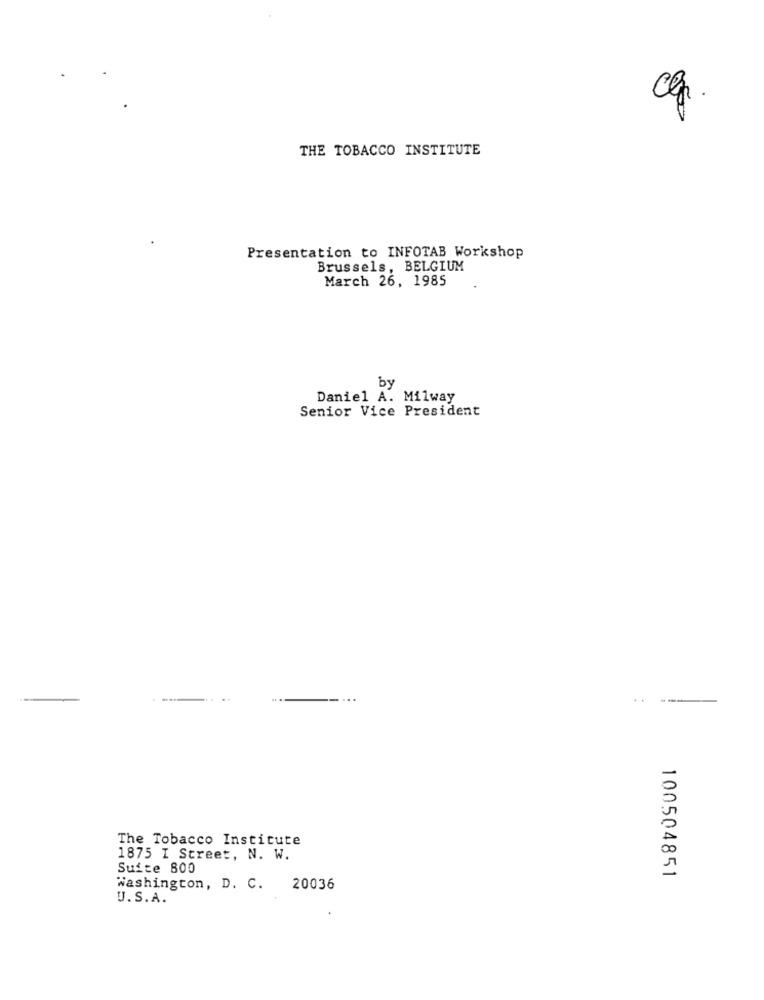
Clp .
THE TOBACCO INSTITUTE
Presentation to INFOTAB Workshop
Brussels, BELGIUM
March 26, 1985
by
Daniel A. Milway
Senior Vice President
The Tobacco Institute
1875 I Street, N. W.
Suite 800
100504851
Washington, D. C. 20036
U.S.A.